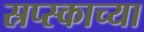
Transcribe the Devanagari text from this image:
स्रप्स्काच्या